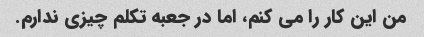
من این کار را می کنم، اما در جعبه تکلم چیزی ندارم.